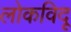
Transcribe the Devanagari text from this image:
लोकविदू